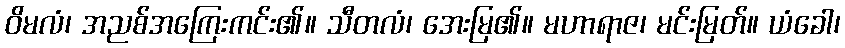
ဝိမလံ၊ အညစ်အကြေးကင်း၏။ သီတလံ၊ အေးမြ၏။ မဟာရာဇ၊ မင်းမြတ်။ ယံခေါ၊